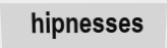
hipnesses